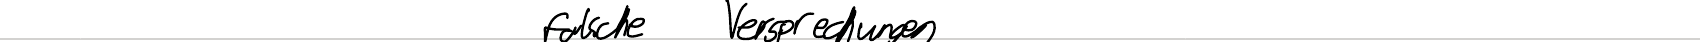
falsche Versprechungen